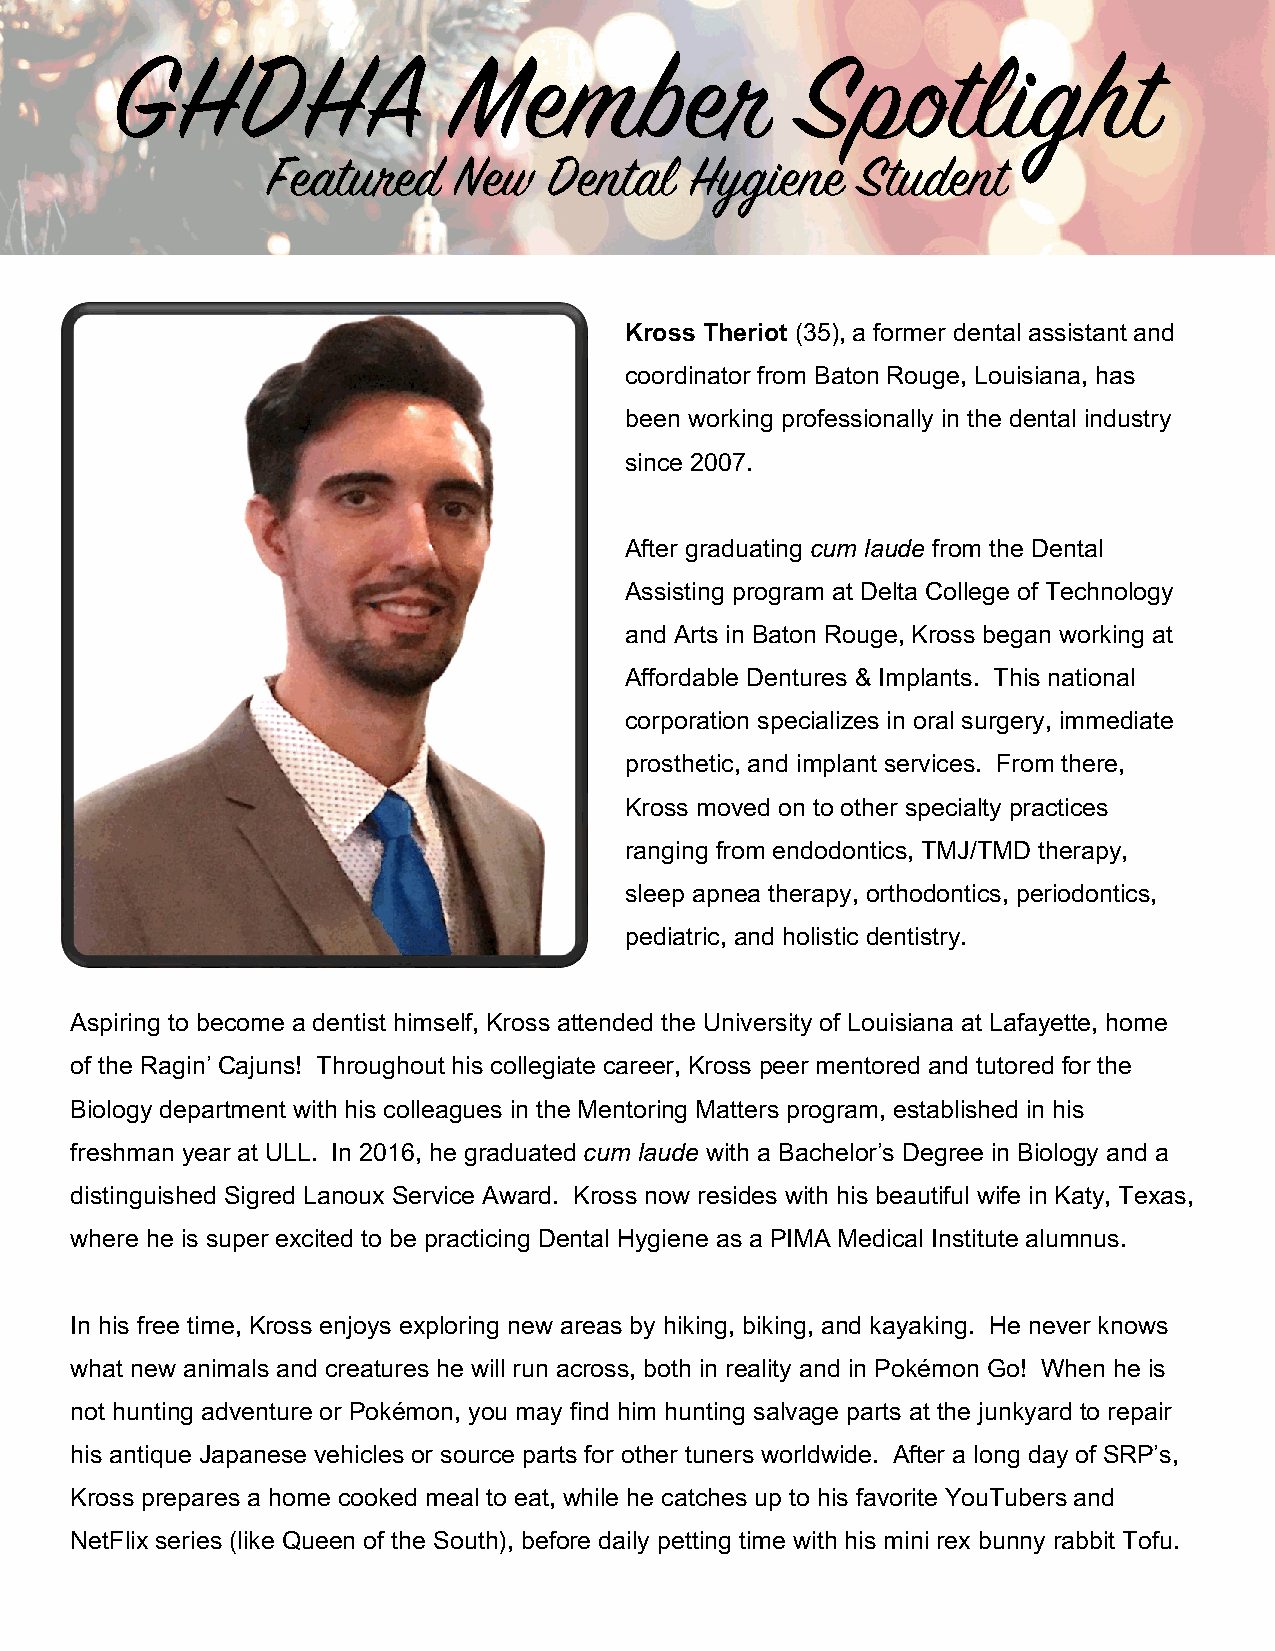
GHDHA                  Member                 Spotlight
 Featured    New   Dental    Hygiene    Student
 Kross Theriot (35), a former dental assistant and
 coordinator from Baton Rouge, Louisiana, has
 been working professionally in the dental industry
 since 2007.
 After graduating cum laude from the Dental
 Assisting program at Delta College of Technology
 and Arts in Baton Rouge, Kross began working at
 Affordable Dentures & Implants. This national
 corporation specializes in oral surgery, immediate
 prosthetic, and implant services. From there,
 Kross moved on to other specialty practices
 ranging from endodontics, TMJ/TMD therapy,
 sleep apnea therapy, orthodontics, periodontics,
 pediatric, and holistic dentistry.
 Aspiring to become a dentist himself, Kross attended the University of Louisiana at Lafayette, home
 of the Ragin’ Cajuns! Throughout his collegiate career, Kross peer mentored and tutored for the
 Biology department with his colleagues in the Mentoring Matters program, established in his
 freshman year at ULL. In 2016, he graduated cum laude with a Bachelor’s Degree in Biology and a
 distingu ished Sigred Lanoux Service Award. Kross now resides with his beautiful wife in Katy, Texas,
 where he is super excited to be practicing Dental Hygiene as a PIMA Medical Institute alumnus.
 In his free time, Kross enjoys exploring new areas by hiking, biking, and kayaking. He never knows
 what ne w animals and creatures he will run across, both in reality and in Pokémon Go! When he is
 not hunting adventure or Pokémon, you may find him hunting salvage parts at the junkyard to repair
 his antiq ue Japanese vehicles or source parts for other tuners worldwide. After a long day of SRP’s,
 Kross prepares a home cooked meal to eat, while he catches up to his favorite YouTubers and
 NetFlix series (like Queen of the South), before daily petting time with his mini rex bunny rabbit Tofu.